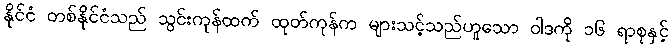
နိုင်ငံ တစ်နိုင်ငံသည် သွင်းကုန်ထက် ထုတ်ကုန်က များသင့်သည်ဟူသော ဝါဒကို ၁၆ ရာစုနှင့်